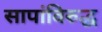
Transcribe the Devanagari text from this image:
सापांविरुद्ध